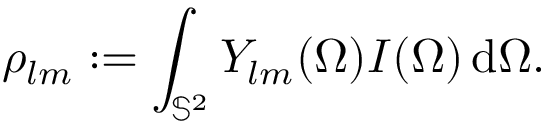
\rho _ { l m } : = \int _ { \mathbb { S } ^ { 2 } } Y _ { l m } ( \Omega ) I ( \Omega ) \, \mathrm { d } \Omega .